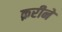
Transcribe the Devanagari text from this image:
क़रीने